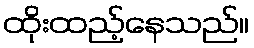
ထိုးထည့်နေသည်။